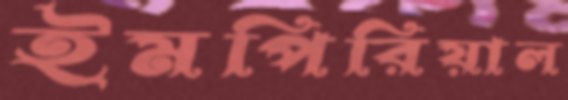
ইমপিরিয়াল